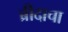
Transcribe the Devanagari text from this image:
ब्रीदाचा